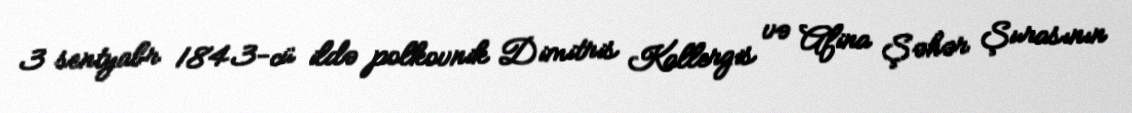
3 sentyabr 1843-cü ildə polkovnik Dimitris Kallergis və Afina Şəhər Şurasının